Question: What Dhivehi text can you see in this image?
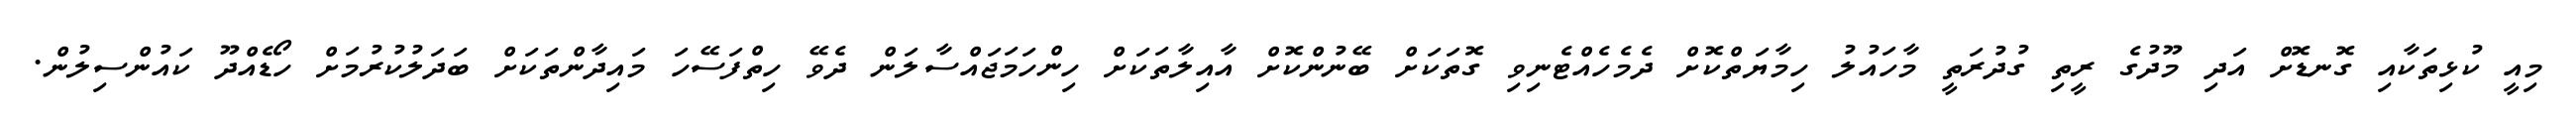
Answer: މިއީ ކުޅިތަކާއި ގޮނޑޮށް އަދި މޫދުގެ ރީތި ގުދުރަތީ މާހައުލު ހިމާޔަތްކޮށް ދެމެހެއްޓެނިވި ގޮތަކަށް ބޭނުންކޮށް އާއިލާތަކަށް ހިންހަމަޖައްސާލަން ދެވޭ ހިތްފަސޭހަ މައިދާންތަކަށް ބަދަލުކުރުމަށް ހޯޑެއްދޫ ކައުންސިލުން.